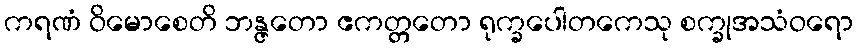
ကရဏံ ဝိမောစေတိ ဘန္ဇတော ဧကတ္တတော ရုက္ခပေါတကေသု စက္ခုအသံဝရော